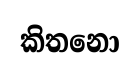
කිතනො